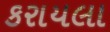
કરાયલા